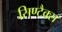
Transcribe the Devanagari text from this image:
सिण्टैक्स